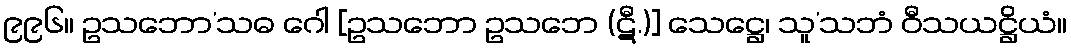
၉၉၆။ ဥသဘော’သဓ ဂေါ [ဥသဘော ဥသဘေ (ဋီ.)] သေဋ္ဌေ၊ သူ’သဘံ ဝီသယဋ္ဌိယံ။